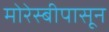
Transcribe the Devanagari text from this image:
मोरेस्बीपासून